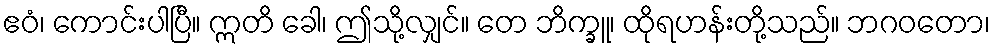
ဧဝံ၊ ကောင်းပါပြီ။ ဣတိ ခေါ၊ ဤသို့လျှင်။ တေ ဘိက္ခူ၊ ထိုရဟန်းတို့သည်။ ဘဂဝတော၊